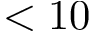
< 1 0